system: You are a helpful assistant.
user:
Analyze the provided spectrum to determine if it is a **S-type Star**.

- **Key Indicators for S-type Star:**

    - **(Overall Spectrum Shape):** The first and most obvious characteristic is the overall continuum (the "baseline" shape). It is **extremely "red-sloping,"** meaning the flux (light intensity) is very low on the left side (blue, ~4000-4500 Å) and rises steeply and continuously toward the right side (red, ~7000 Å+).

    - **(Primary):** The spectrum is defined by the presence of strong, broad molecular absorption "valleys" (bands) from **Zirconium Oxide (ZrO)**. The identification of these bands is the **primary requirement** for classifying a star as S-type.
        - **(Key Bandheads):** You must find distinct, deep "dips" where the light has been absorbed. The most critical band systems to locate are:
            - **~6474 Å** ($\gamma$-system): This is often the strongest and clearest ZrO feature, found in the red part of the spectrum.
            - **~5718 Å** & **~5551 Å** ($\beta$-system): A pair of prominent absorption features in the yellow-orange part of the spectrum.
            - **~4640 Å** ($\alpha$-system): A key absorption band system in the blue-green region of the spectrum.

    - **(Secondary Confirmation):** The classification is strengthened by finding additional absorption bands from other related heavy element oxides, which are expected to be present alongside ZrO.
        - **(Key Bandheads):**
            - **Yttrium Oxide (YO):** Look for absorption dips near **~4800 Å** and **~6100 Å**.
            - **Lanthanum Oxide (LaO):** Additional absorption features, particularly in the red-orange part of the spectrum, are also characteristic.

    - **(Line Profile):** The combination of the steep red continuum and these numerous, deep molecular bands (ZrO, YO, etc.) gives the entire spectrum a very **"chopped-up"** or **"bumpy"** appearance. Instead of a smooth curve, the spectrum looks as though large, wide chunks of light have been "carved out" of it at the specific wavelengths listed above.

Think first, call **spectral_visualization_tool** if needed to examine features in detail, then provide your final answer. Your response must adhere to the following strict rules:
1.  **Overall Structure:** Your response must follow the format `<think>...</think> <tool_call>...</tool_call> (if a tool is used) <answer>...</answer>`.
2.  **Tool Usage Constraint:** You may only make **one** tool call per turn.
3.  **Final Answer Format:** In the `<answer>` tag, your conclusion must be inside a `\boxed{}` command (e.g., `\boxed{YES}` or `\boxed{NO}`), followed by your justification.

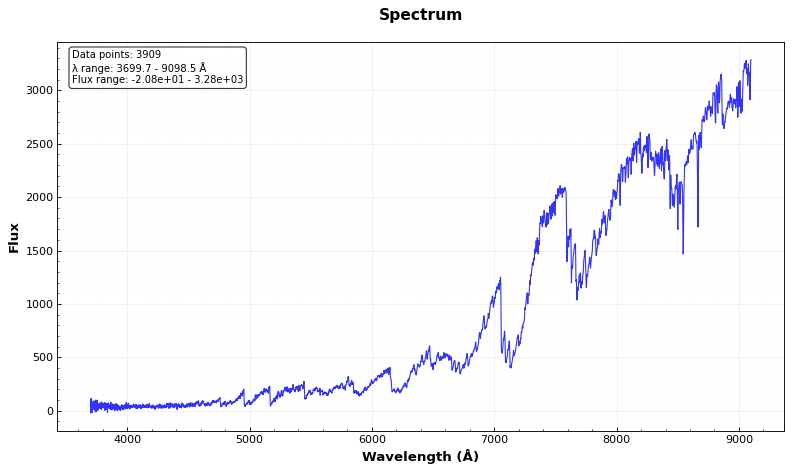
Answer: YES